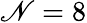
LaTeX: \mathscr{N}=8